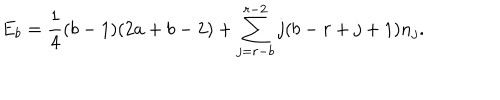
LaTeX: E _ { b } = \frac { 1 } { 4 } ( b - 1 ) ( 2 a + b - 2 ) + \sum _ { j = r - b } ^ { r - 2 } j ( b - r + j + 1 ) n _ { j } .